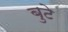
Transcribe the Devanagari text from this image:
बुटे